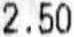
2.50